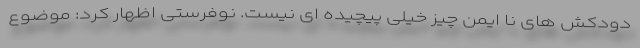
دودکش های نا ایمن چیز خیلی پیچیده ای نیست. نوفرستی اظهار کرد: موضوع